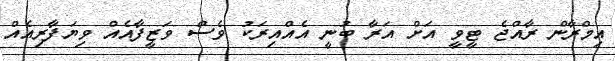
އިމްރާން ރާއްޖެ ޓީވީ އަށް އަރާ ބުނީ އެއްއިރަކު ވެސް ވަޒީފާއެއް ވިޔަފާރިއެއް